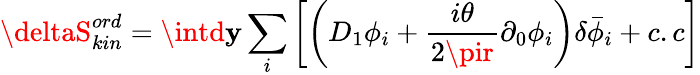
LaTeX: \deltaS_{kin}^{ord}=\intd\mathbf{y}\sum_{i}\left[\left(D_{1}\phi_{i}+\frac{{i\theta}}{{2\pir}}\partial_{0}\phi_{i}\right)\delta{\bar{{\phi}}_{i}}+c.c\right]